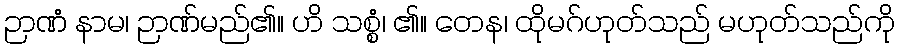
ဉာဏံ နာမ၊ ဉာဏ်မည်၏။ ဟိ သစ္စံ၊ ၏။ တေန၊ ထိုမဂ်ဟုတ်သည် မဟုတ်သည်ကို